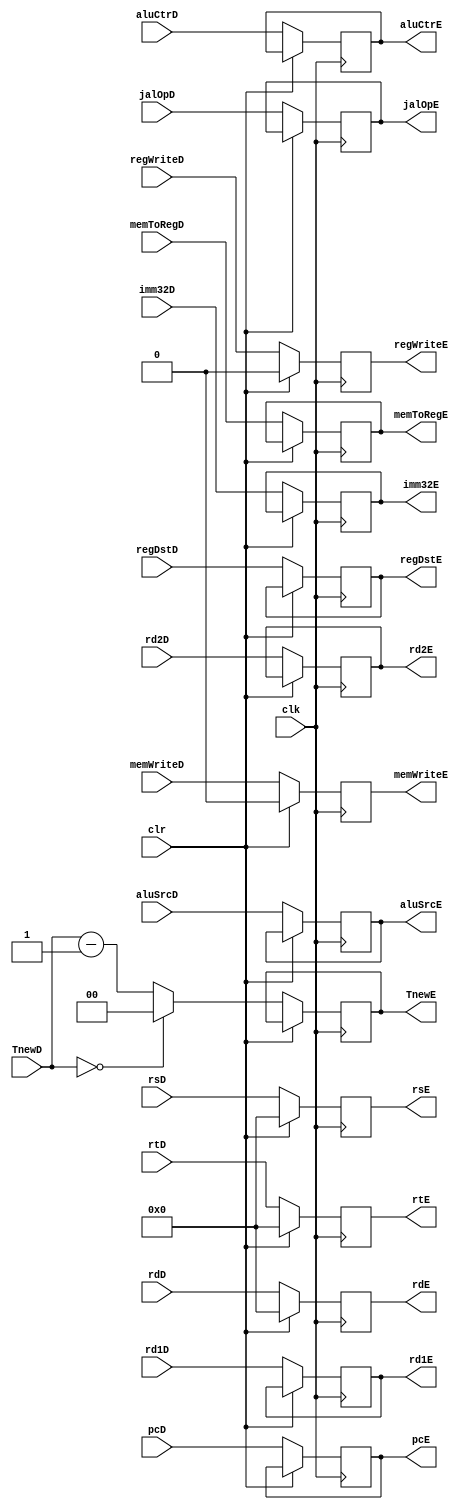
`timescale 1ns / 1ps
//////////////////////////////////////////////////////////////////////////////////
// Company: 
// Engineer: 
// 
// Design Name: 
// Module Name:    ID_IE 
// Project Name: 
// Target Devices: 
// Tool versions: 
// Description: 
//
// Dependencies: 
//
// Revision: 
// Revision 0.01 - File Created
// Additional Comments: 
//
//////////////////////////////////////////////////////////////////////////////////
module ID_IE(
    input clk,
    input regWriteD,
    input memToRegD,
    input memWriteD,
    input [3:0] aluCtrD,
    input aluSrcD,
    input regDstD,
    input jalOpD,
    input [31:0] rd1D,
    input [31:0] rd2D,
    input [4:0] rsD,
    input [4:0] rtD,
    input [4:0] rdD,
    input [31:0] imm32D,
    input [31:0] pcD,
    input clr,
	 input [1:0] TnewD,
    output reg regWriteE,
    output reg memToRegE,
    output reg memWriteE,
    output reg [3:0] aluCtrE,
    output reg aluSrcE,
    output reg regDstE,
    output reg jalOpE,
    output reg [31:0] rd1E,
    output reg [31:0] rd2E,
    output reg [4:0] rsE,
    output reg [4:0] rtE,
    output reg [4:0] rdE,
    output reg [31:0] imm32E,
    output reg [31:0] pcE,
    output reg [1:0] TnewE	 
    );
    always@(posedge clk)begin
	    if(clr)begin
		    rsE <= 0;
			 rtE <= 0;
			 rdE <= 0;
			 memWriteE <= 0;
			 regWriteE <= 0;
		 end
		 else begin
		    regWriteE <= regWriteD;
			 memToRegE <= memToRegD;
			 memWriteE <= memWriteD;
			 aluCtrE <= aluCtrD;
			 aluSrcE <= aluSrcD;
			 regDstE <= regDstD;
			 jalOpE <= jalOpD;
			 rd1E <= rd1D;
			 rd2E <= rd2D;
			 rsE <= rsD;
			 rtE <= rtD;
			 rdE <= rdD;
			 imm32E <= imm32D;
			 pcE <= pcD;
			 if(TnewD == 0) TnewE <= 0;
			 else TnewE <= TnewD - 1;
		 end
	 end

endmodule